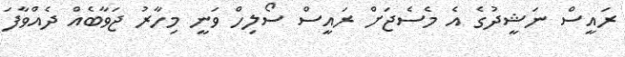
ރައީސް ނަޝީދުގެ އެ މެސެޖަށް ރައީސް ސޯލިހް ވަނީ މިހާރު ޖަވާބެއް ދެއްވާފަ